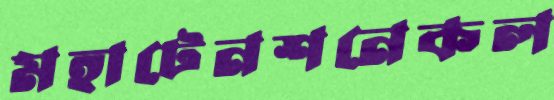
মহাটেনশনেকল